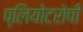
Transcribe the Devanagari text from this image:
प्लियोटरोपी